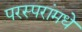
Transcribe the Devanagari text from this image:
परस्‍परांमधे